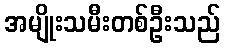
အမျိုးသမီးတစ်ဦးသည်